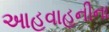
આહવાહનીના